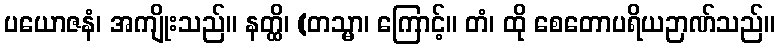
ပယောဇနံ၊ အကျိုးသည်။ နတ္ထိ၊ (တသ္မာ၊ ကြောင့်။ တံ၊ ထို စေတောပရိယဉာဏ်သည်။